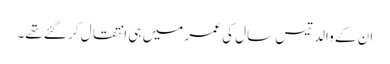
ان کے والد تیس سال کی عمر میں ہی انتقال کر گئے تھے۔